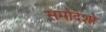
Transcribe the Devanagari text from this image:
समोदेशो